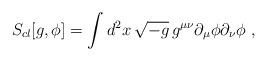
LaTeX: \begin{align*}S_{cl}[g, \phi] = \int d^2 x \, \sqrt {-g}\, g^{\mu\nu}\partial_{\mu}\phi \partial_{\nu}\phi\ ,\end{align*}